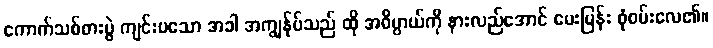
ကောက်သစ်စားပွဲ ကျင်းပသော အခါ အကျွန်ုပ်သည် ထို အဓိပ္ပာယ်ကို နားလည်အောင် မေးမြန်း စုံစမ်းလေ၏။